Indian Medical Review
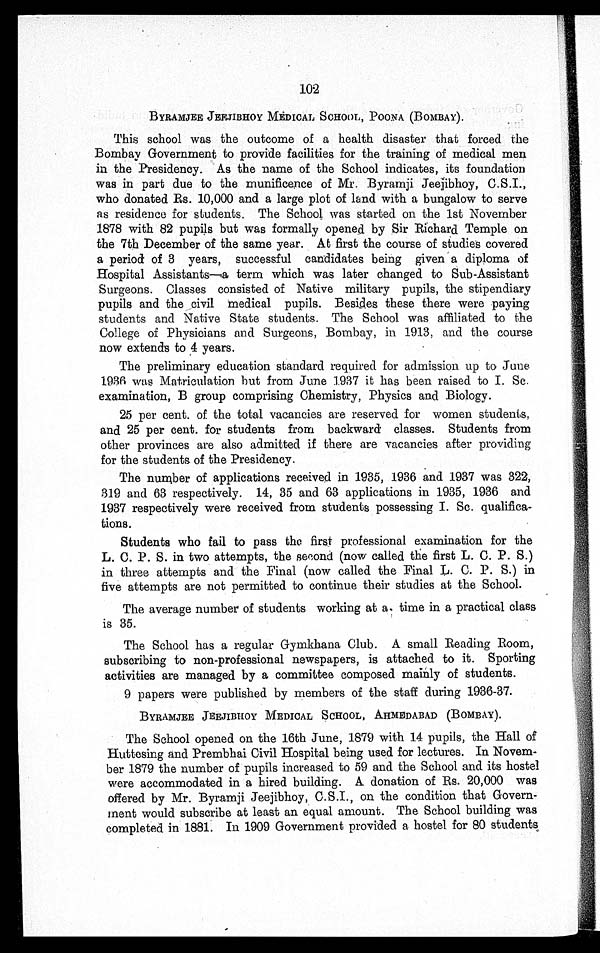
102
BYRAMJEE JEEJIBHOY MEDICAL SCHOOL, POONA (BOMBAY).
This school was the outcome of a health disaster that forced the
Bombay Government to provide facilities for the training of medical men
in the Presidency. As the name of the School indicates, its foundation
was in part due to the munificence of Mr. Byramji Jeejibhoy, C.S.I.,
who donated Rs. 10,000 and a large plot of land with a bungalow to serve
as residence for students. The School was started on the 1st November
1878 with 82 pupils but was formally opened by Sir Richard Temple on
the 7th December of the same year. At first the course of studies covered
a period of 3 years, successful candidates being given a diploma of
Hospital Assistants—a term which was later changed to Sub-Assistant
Surgeons. Classes consisted of Native military pupils, the stipendiary
pupils and the civil medical pupils. Besides these there were paying
students and Native State students. The School was affiliated to the
College of Physicians and Surgeons, Bombay, in 1913, and the course
now extends to 4 years.
The preliminary education standard required for admission up to June
1936 was Matriculation but from June 1937 it has been raised to I. Sc.
examination, B group comprising Chemistry, Physics and Biology.
25 per cent. of the total vacancies are reserved for women students,
and 25 per cent. for students from backward classes. Students from
other provinces are also admitted if there are vacancies after providing
for the students of the Presidency.
The number of applications received in 1935, 1936 and 1937 was 322,
319 and 63 respectively. 14, 35 and 63 applications in 1935, 1936 and
1937 respectively were received from students possessing I. Sc. qualifica
-tions.
Students who fail to pass the first professional examination for the
L. C. P. S. in two attempts, the second (now called the first L. C. P. S.)
in three attempts and the Final (now called the Final L. C. P. S.) in
five attempts are not permitted to continue their studies at the School.
The average number of students working at a time in a practical class
is 35.
The School has a regular Gymkhana Club. A small Reading Room,
subscribing to non-professional newspapers, is attached to it. Sporting
activities are managed by a committee composed mainly of students.
9 papers were published by members of the staff during 1936-37.
BYRAMJEE JEEJIBHOY MEDICAL SCHOOL, AHMEDABAD (BOMBAY).
The School opened on the 16th June, 1879 with 14 pupils, the Hall of
Huttesing and Prembhai Civil Hospital being used for lectures. In Novem
-ber 1879 the number of pupils increased to 59 and the School and its hostel
were accommodated in a hired building. A donation of Rs. 20,000 was
offered by Mr. Byramji Jeejibhoy, C.S.I., on the condition that Govern
-ment would subscribe at least an equal amount. The School building was
completed in 1881. In 1909 Government provided a hostel for 80 students